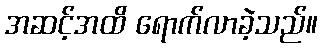
အဆင့်အထိ ရောက်လာခဲ့သည်။